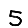
Digit: 5